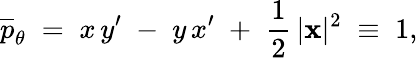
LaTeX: \overline{{p}}_{\theta}\; =\; x\, y^{\prime}\; -\; y\, x^{\prime}\; +\; \frac{1}{2}\, |{\mathbf x}|^{2}\; \equiv\; 1,